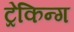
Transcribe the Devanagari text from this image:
ट्रेकिन्ग